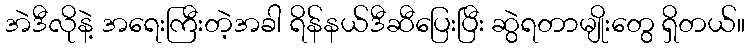
အဲဒီလိုနဲ့ အရေးကြီးတဲ့အခါ ရိန်နယ်ဒီဆီပြေးပြီး ဆွဲရတာမျိုးတွေ ရှိတယ်။